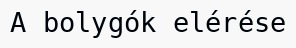
A bolygók elérése